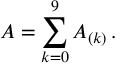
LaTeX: A = \sum _ { k = 0 } ^ { 9 } A _ { ( k ) } \, .